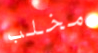
مخلب